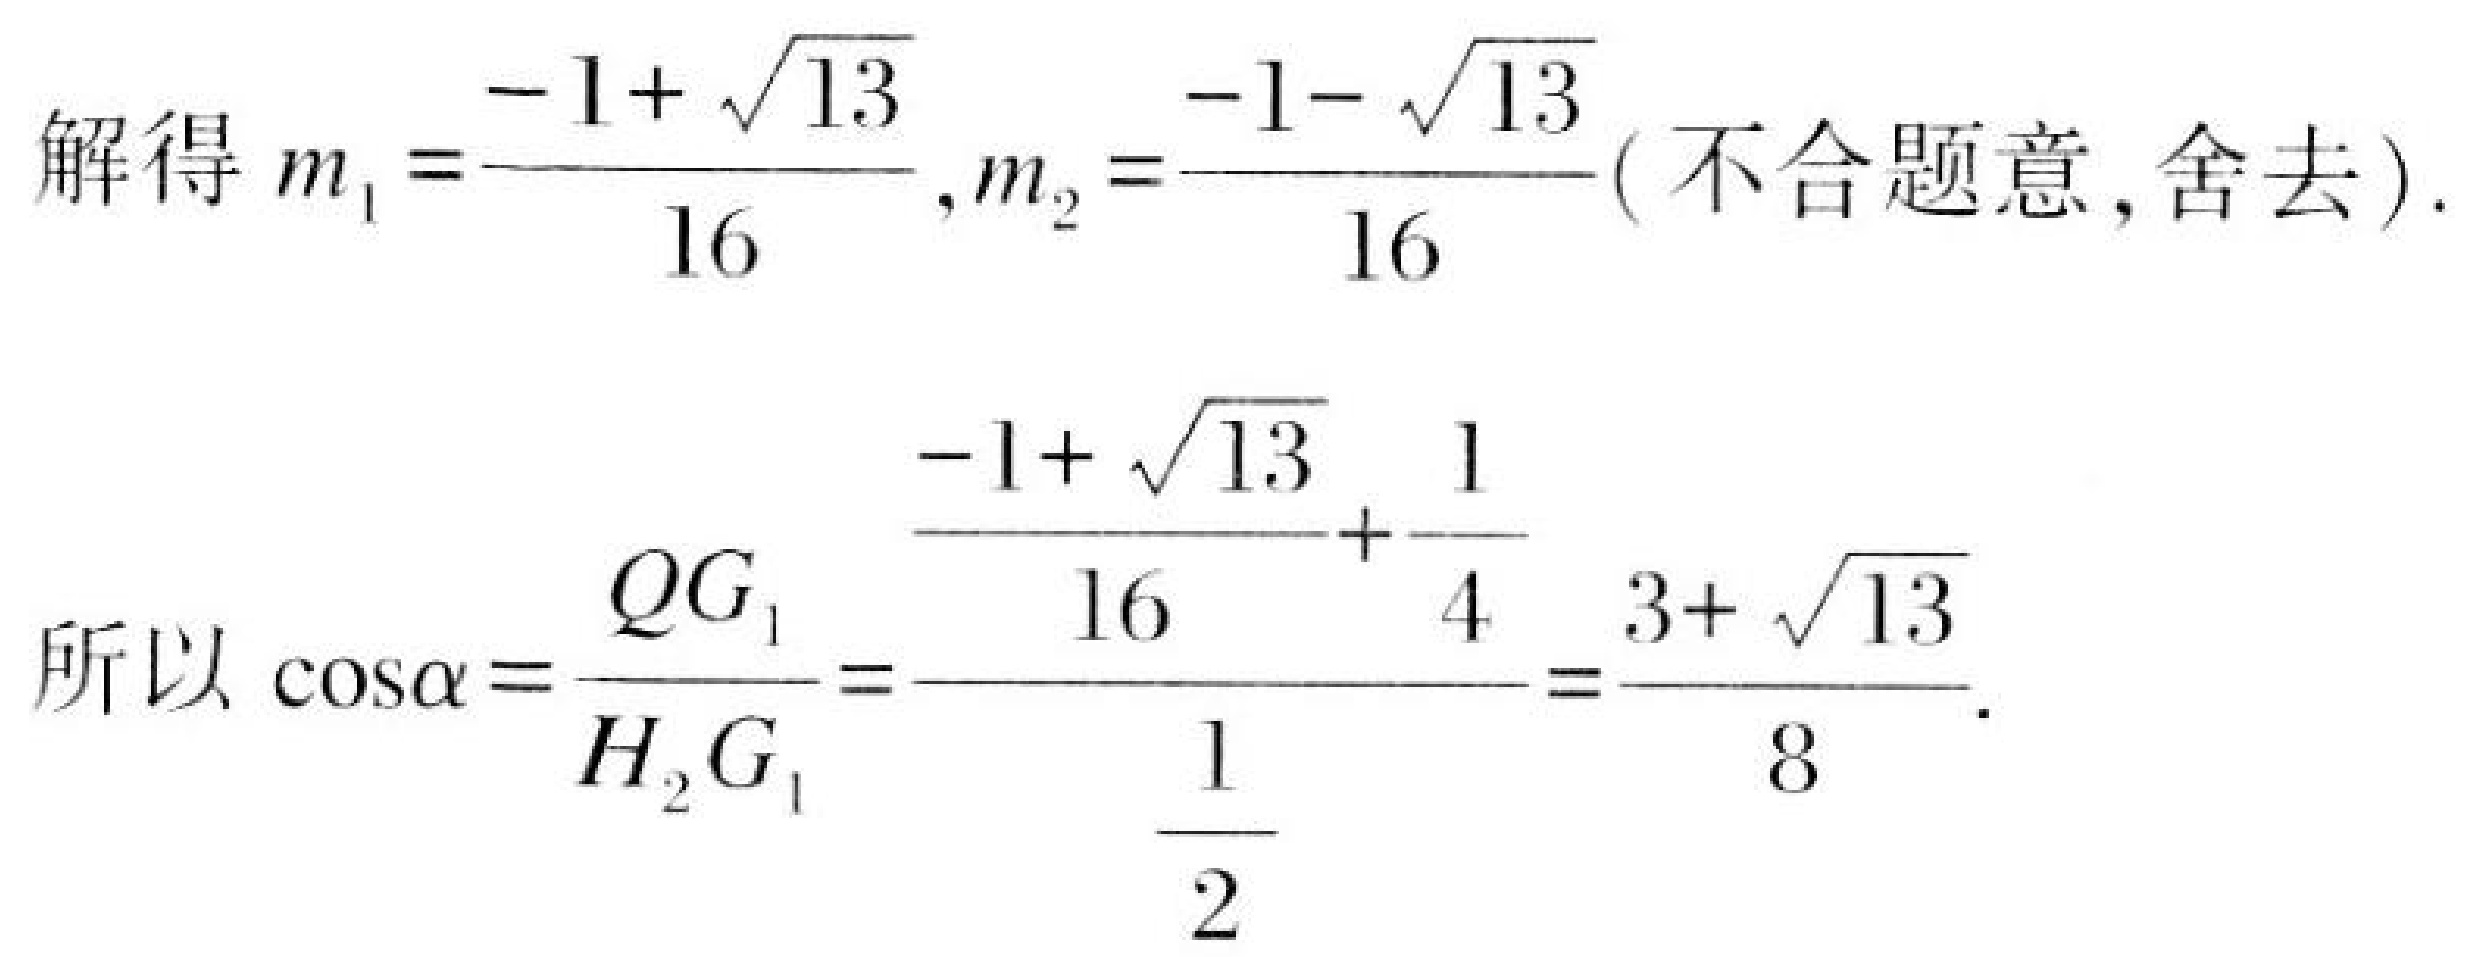
解得\(m_{1}=\frac{-1 + \sqrt{13}}{16},m_{2}=\frac{-1 - \sqrt{13}}{16}(\text{不合题意,舍去})\).
所以\(\cos\alpha=\frac{QG_{1}}{H_{2}G_{1}}=\frac{\frac{-1 + \sqrt{13}}{16}+\frac{1}{4}}{\frac{1}{2}}=\frac{3 + \sqrt{13}}{8}\).